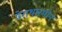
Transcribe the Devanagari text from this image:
पेराथारमोन